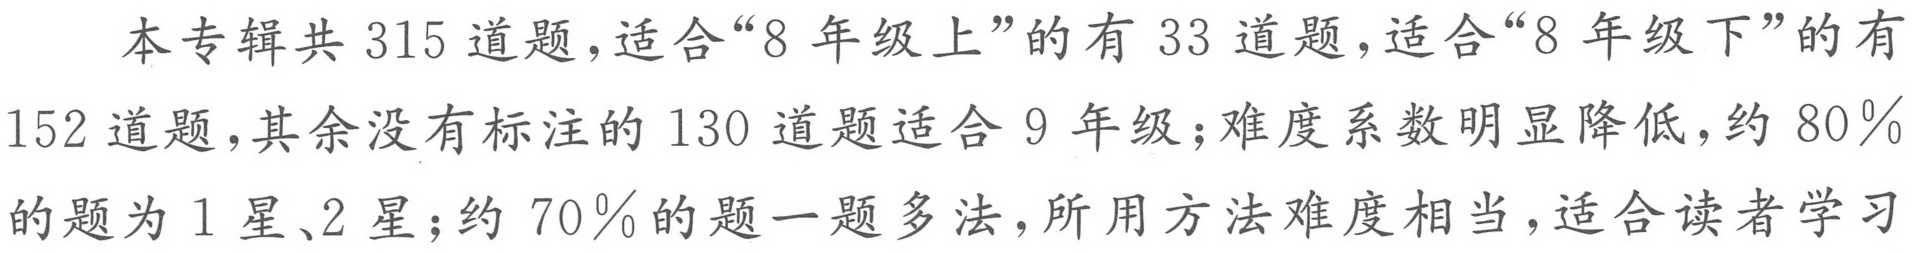
本专辑共 \(315\) 道题，适合“\(8\) 年级上”的有 \(33\) 道题，适合“\(8\) 年级下”的有 \(152\) 道题，其余没有标注的 \(130\) 道题适合 \(9\) 年级；难度系数明显降低，约 \(80\%\) 的题为 \(1\) 星、\(2\) 星；约 \(70\%\) 的题一题多法，所用方法难度相当，适合读者学习